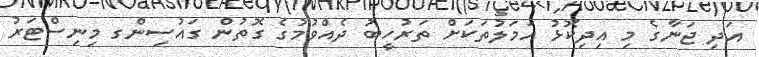
އަދި ޖަނާގެ މި އިދިކޮޅު އަމަލުތަކަށް ތަރުހީބު ދެއްވުމުގެ ގޮތުން ގައުސިންގ މިނިސްޓަރު